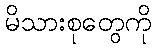
မိသားစုတွေကို